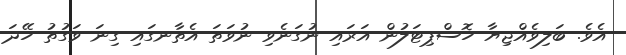
އެވެ. ބަލިވެއްޖިޔާ ހޮސްޕިޓަލުން އަރައި ނުގަނެވި ނުވަތަ އެތާނގައި ގިނަ ވަގުތު ހޭދަ